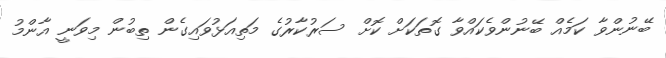
ބޭނުންވާ ކަމެއް ބޭނުންވެކައްވާ ގޮތަކަށް ކޮށް ސަރުކާރުގެ މަތިއަޅުވައިގެން ތިބުން މިވަނީ އާންމު